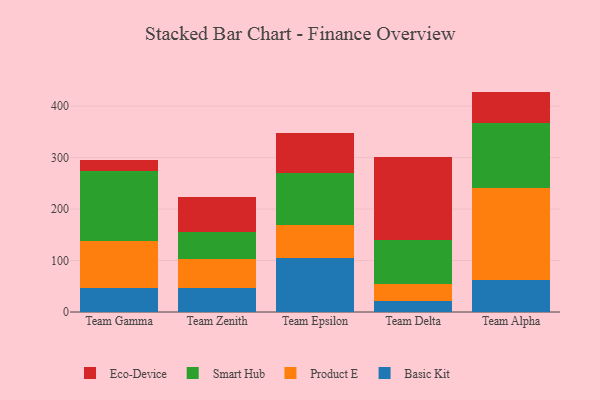
{"axis": {"x": "Team", "y": "Humidity (%)"}, "legend": ["Basic Kit", "Eco-Device", "Product E", "Smart Hub"], "data": [{"x": "Team Gamma", "y": 46.6, "type": "Basic Kit"}, {"x": "Team Gamma", "y": 91.9, "type": "Product E"}, {"x": "Team Gamma", "y": 135.1, "type": "Smart Hub"}, {"x": "Team Gamma", "y": 21.4, "type": "Eco-Device"}, {"x": "Team Zenith", "y": 47.0, "type": "Basic Kit"}, {"x": "Team Zenith", "y": 56.1, "type": "Product E"}, {"x": "Team Zenith", "y": 52.7, "type": "Smart Hub"}, {"x": "Team Zenith", "y": 67.3, "type": "Eco-Device"}, {"x": "Team Epsilon", "y": 105.6, "type": "Basic Kit"}, {"x": "Team Epsilon", "y": 63.5, "type": "Product E"}, {"x": "Team Epsilon", "y": 101.2, "type": "Smart Hub"}, {"x": "Team Epsilon", "y": 77.4, "type": "Eco-Device"}, {"x": "Team Delta", "y": 21.4, "type": "Basic Kit"}, {"x": "Team Delta", "y": 32.2, "type": "Product E"}, {"x": "Team Delta", "y": 86.3, "type": "Smart Hub"}, {"x": "Team Delta", "y": 161.5, "type": "Eco-Device"}, {"x": "Team Alpha", "y": 61.6, "type": "Basic Kit"}, {"x": "Team Alpha", "y": 178.7, "type": "Product E"}, {"x": "Team Alpha", "y": 127.0, "type": "Smart Hub"}, {"x": "Team Alpha", "y": 60.9, "type": "Eco-Device"}]}